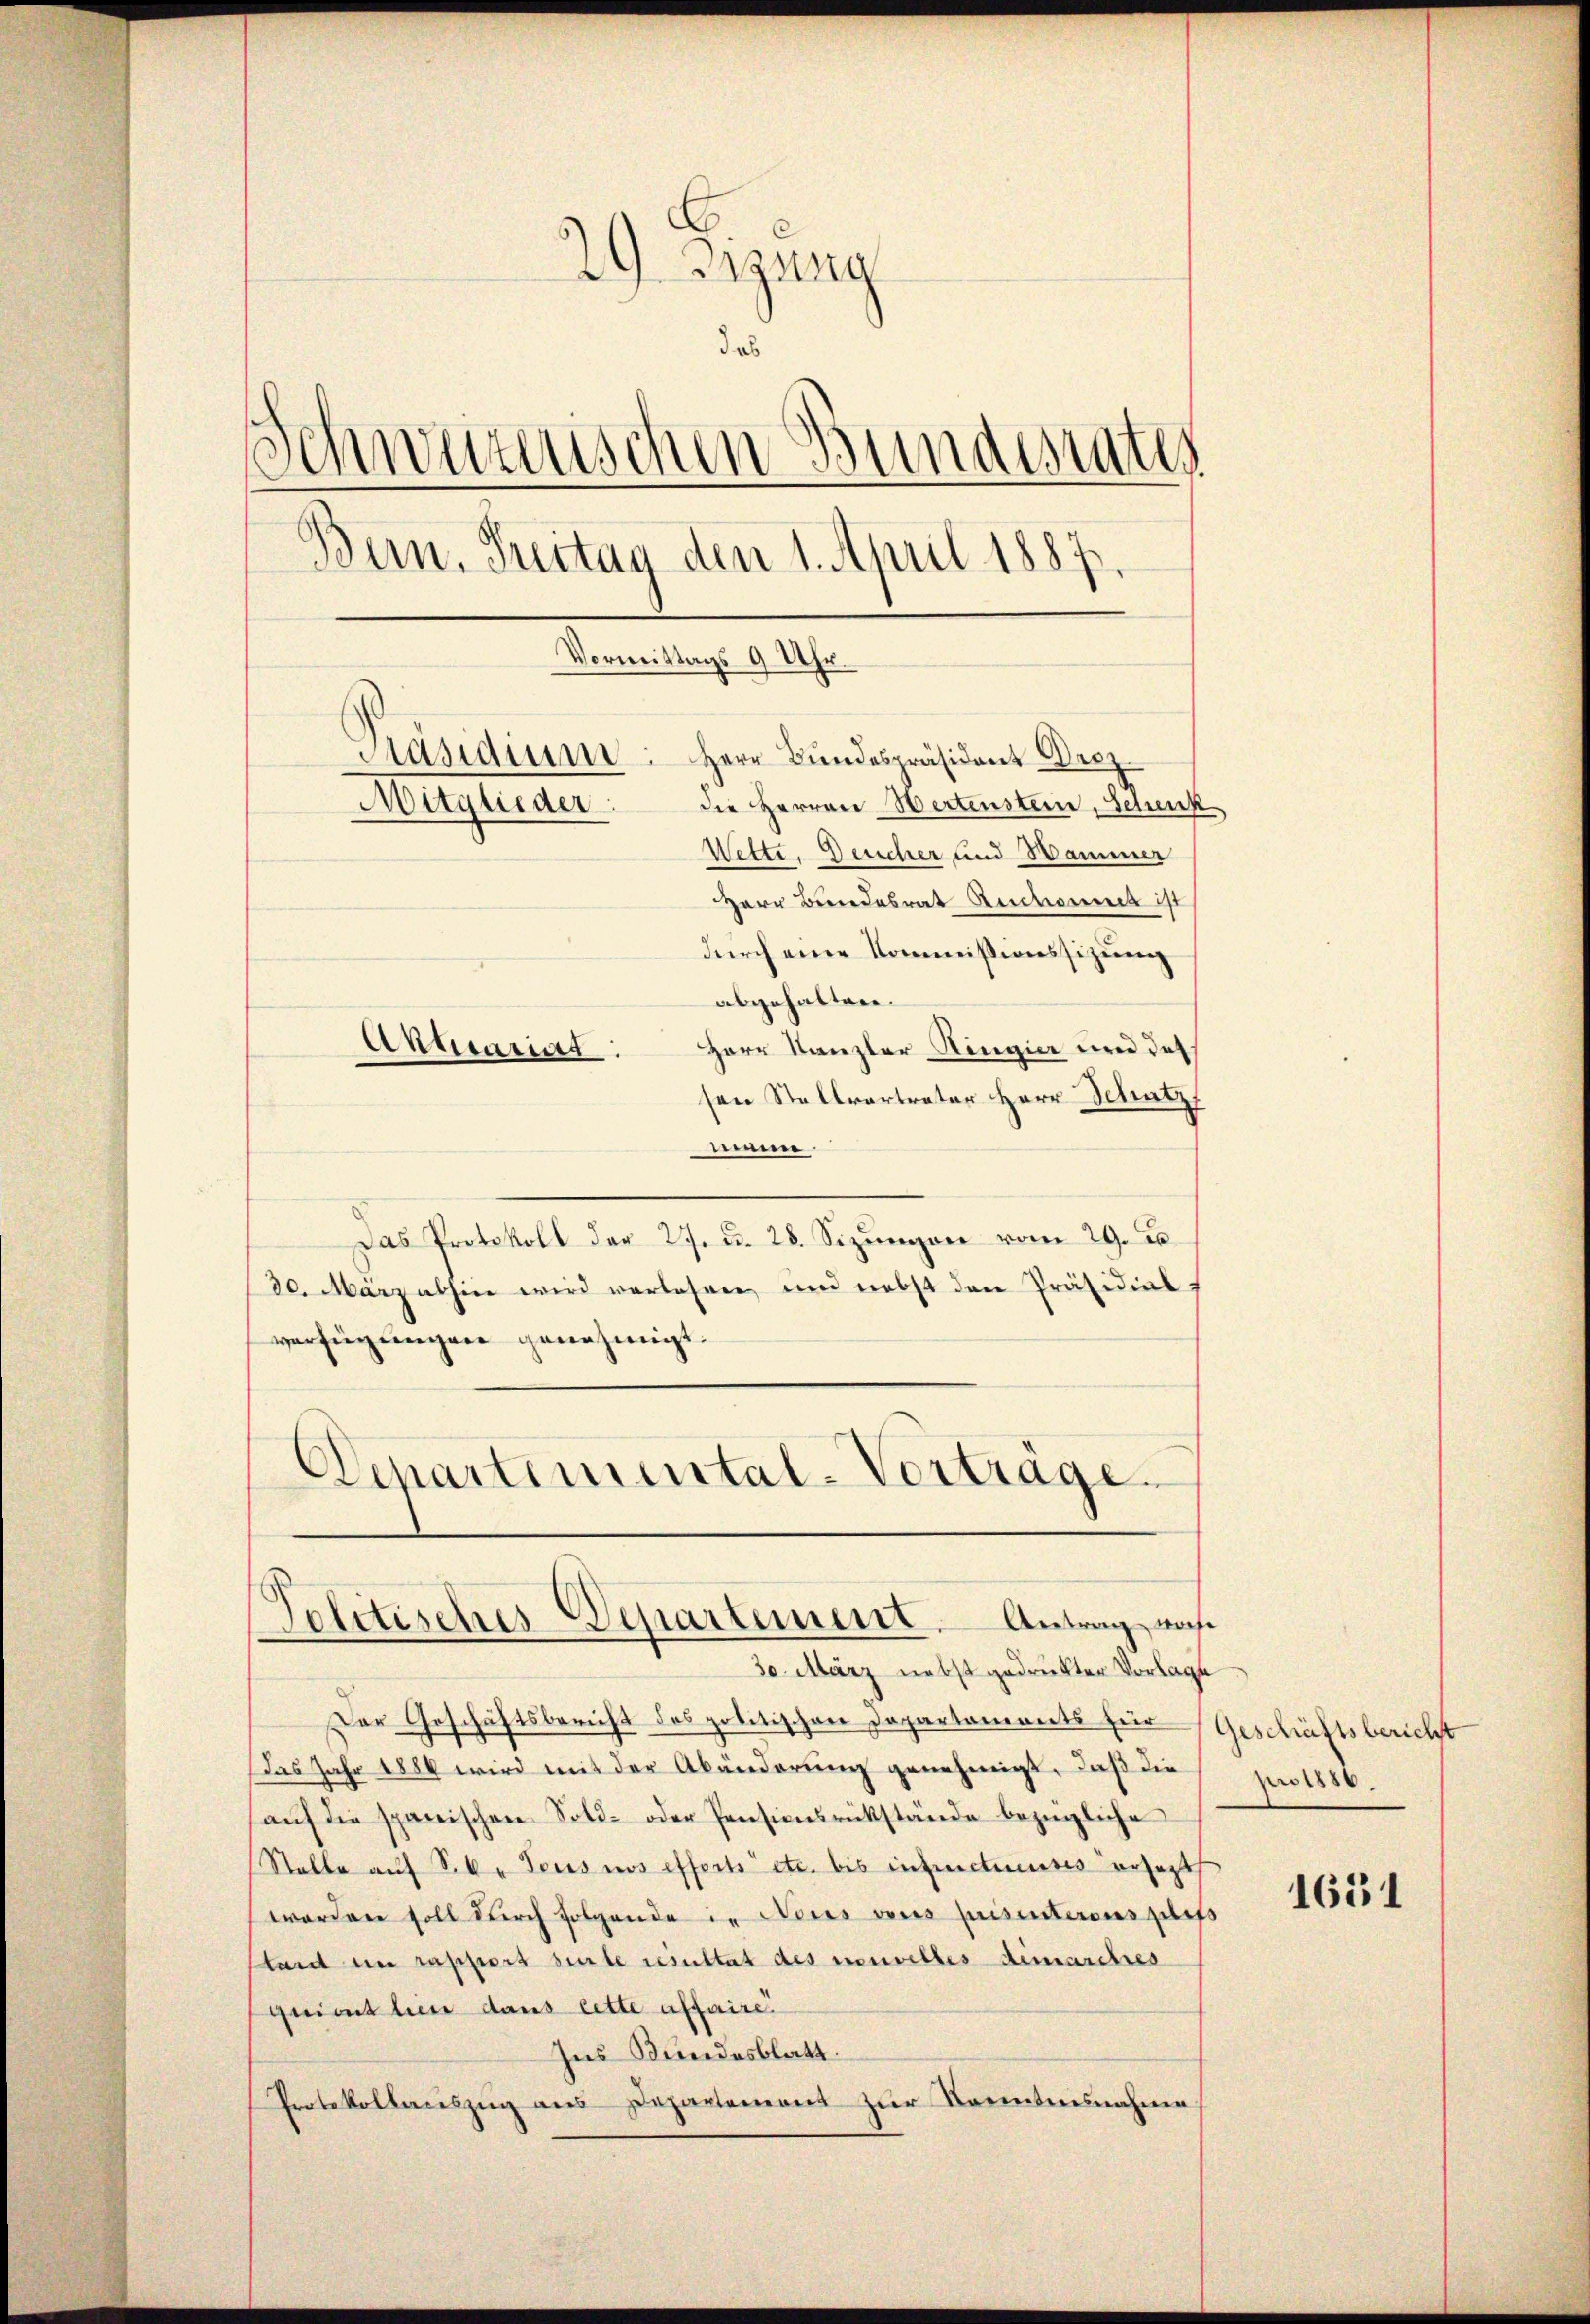
29 Rgung
das
.
schwerenischen Bundesrate
Bern, Treitag den 1. April 1887,
Vormittags 9 Uhr.
Aäsidium. Herr Bundespräsident Dre
Mitglieder: die Herren Wertenstein, Schenk
Wette. Deucher und Hammer
Herr Bundesrat Ruchonnet ist
durch eine Kommissionssizung
abgehalten.
Herr Kanzler Ringier und des
Aktuarias
sen Stellvertreter Herr Schutz

einne
Das Protokoll der 27. d. 28. Sizŭngen vom 29. J
30. März abhin wird verlesen und nebst den Präsidialverfügungen genehmigt.
Departemental-Vorträge.

Politisches Departement. Antrag, nahe

30. März nebst gedruckter Vorlage
Der Geschäftsbericht des politischen Departements für Geschäftsbericht
Das Jahr 1886 wird mit der Abänderung genehmigt, daß die
aŭf die spanischen Sold- oder Pensionsrückstände bezügliche
Stelle auf S.k. Tous nos efferts etc. bis infructieuses ersetzt
worden soll durch folgende in Neues aus prisinteronszulass
tant im rapport surte resultat des nouvelles demarches
quirt hier dans lette affaire.
Ins Bundesblatt.
Protokollaciszug aus Departemons zur Kenntnisnahme

pro 1888.

1651